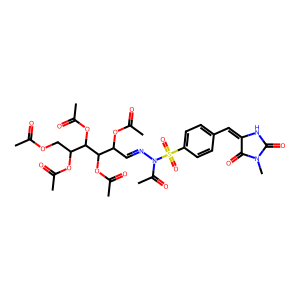
SMILES: CC(=O)OCC(OC(C)=O)C(OC(C)=O)C(OC(C)=O)C(C=NN(C(C)=O)S(=O)(=O)c1ccc(C=C2NC(=O)N(C)C2=O)cc1)OC(C)=O
Inhibits HIV replication: No